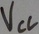
Text: VCC